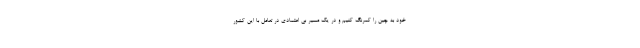
خود به چین را کمرنگ کنیم و در یک مسیر بی اعتمادی در تعامل با این کشور